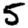
Digit: 5